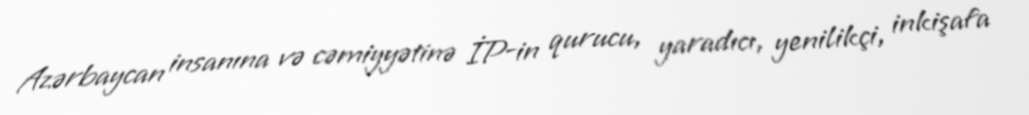
Azərbaycan insanına və cəmiyyətinə İP-in qurucu, yaradıcı, yenilikçi, inkişafa